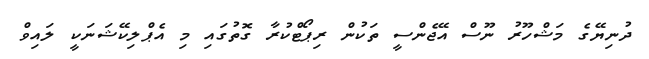
ދުނިޔޭގެ މަޝްހޫރު ނޫސް އޭޖެންސީ ތަކުން ރިޕޯޓްކުރާ ގޮތުގައި މި އެޕްލިކޭޝަނަކީ ލައިވް